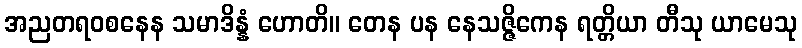
အညတရဝစနေန သမာဒိန္နံ ဟောတိ။ တေန ပန နေသဇ္ဇိကေန ရတ္တိယာ တီသု ယာမေသု